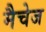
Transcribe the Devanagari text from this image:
मैचेज